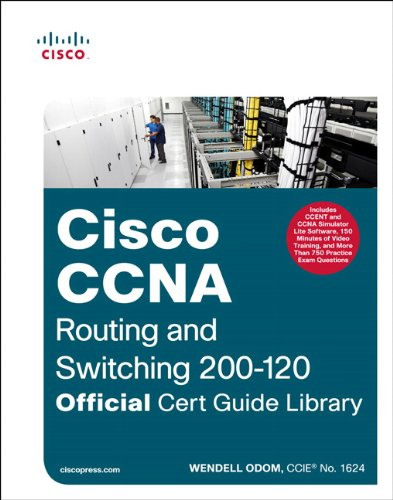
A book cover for CCNA Routing and Switching 200-120 Official Cert Guide Library; Wendell Odom; Computers & Technology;